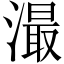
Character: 㵊